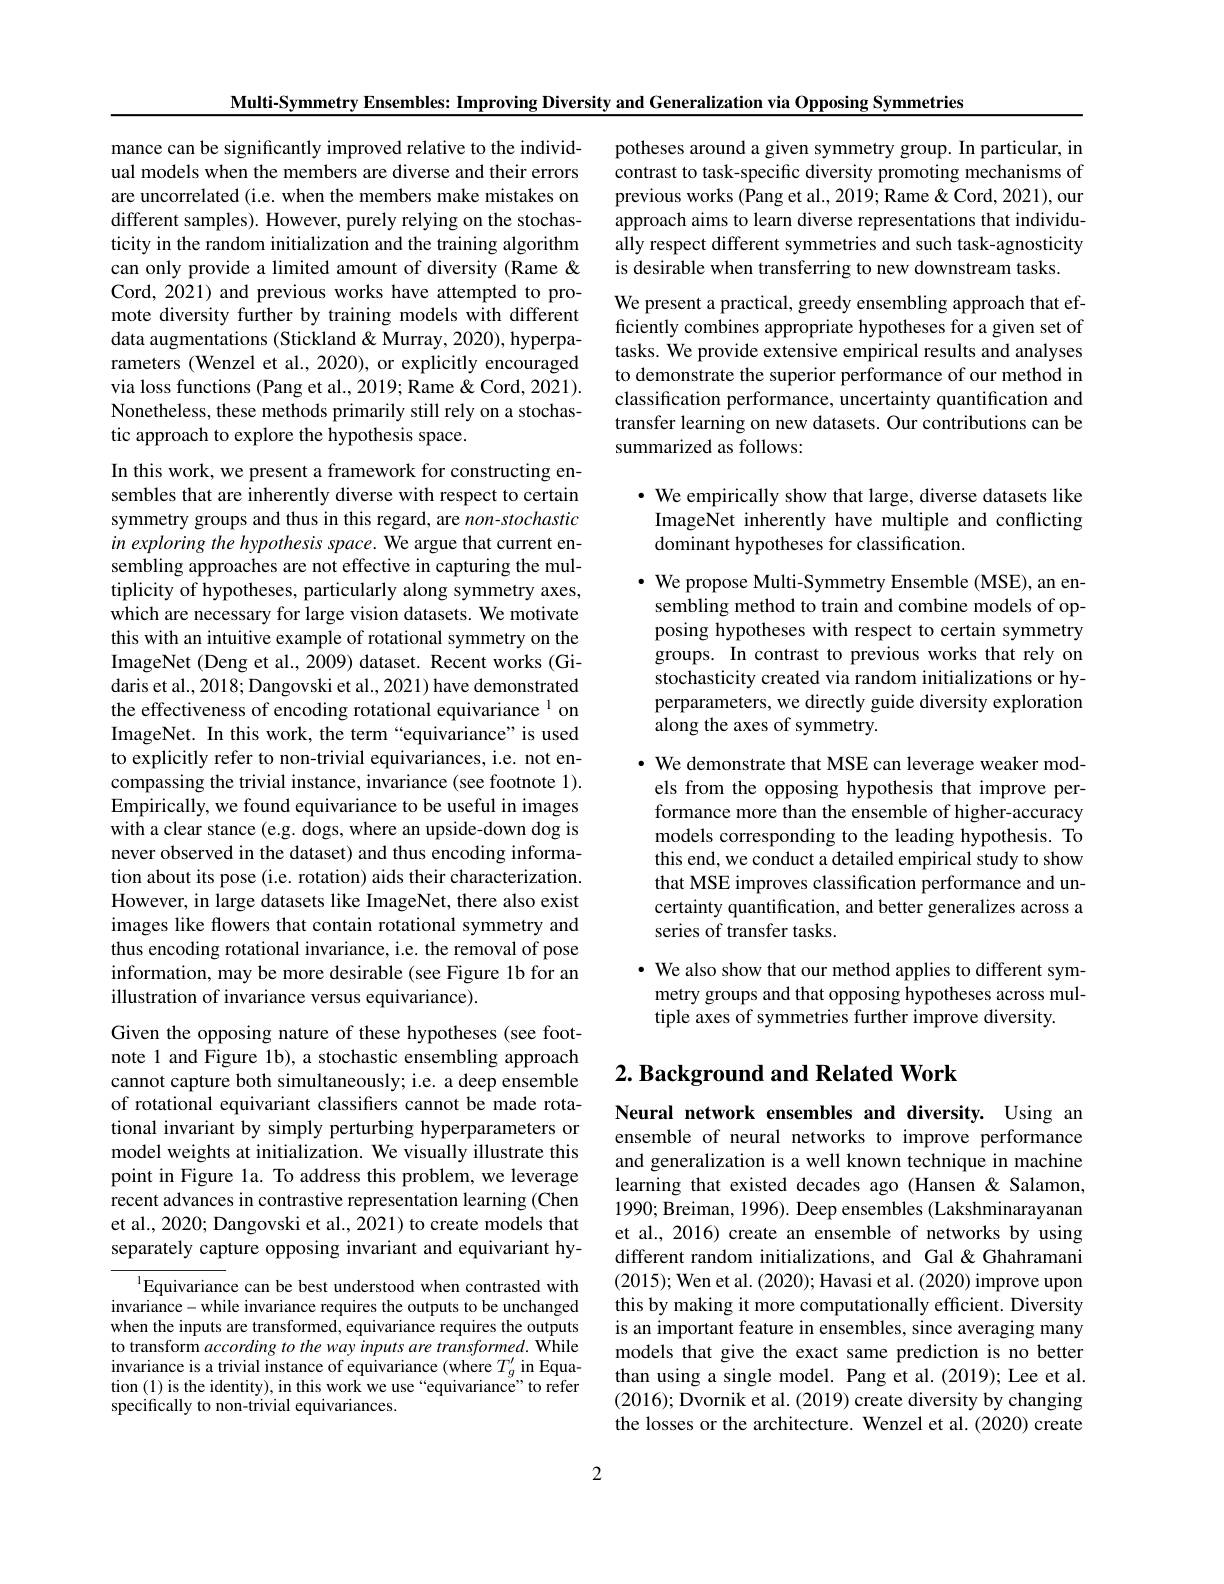
Multi-Symmetry Ensembles: Improving Diversity and Generalization via Opposing Symmetries

potheses around a given symmetry group. In particular, in contrast to task-specific diversity promoting mechanisms of previous works (Pang et al., 2019; Rame & Cord, 2021), our approach aims to learn diverse representations that individually respect different symmetries and such task-agnosticity is desirable when transferring to new downstream tasks.

mance can be significantly improved relative to the individual models when the members are diverse and their errors are uncorrelated (i.e. when the members make mistakes on different samples). However, purely relying on the stochasticity in the random initialization and the training algorithm can only provide a limited amount of diversity (Rame & Cord, 2021) and previous works have attempted to promote diversity further by training models with different data augmentations (Stickland& Murray, 2020), hyperparameters (Wenzel et al., 2020), or explicitly encouraged via loss functions (Pang et al., 2019; Rame & Cord, 2021). Nonetheless, these methods primarily still rely on a stochastic approach to explore the hypothesis space.

We present a practical, greedy ensembling approach that ef- $\hat{\text{ficiently combines appropriate hypotheses for a given set of}}$ tasks. We provide extensive empirical results and analyses to demonstrate the superior performance of our method in classification performance, uncertainty quantification and transfer learning on new datasets. Our contributions can be summarized as follows:

$\cdot$ We empirically show that large, diverse datasets like ImageNet inherently have multiple and conflicting dominant hypotheses for classification.

$\cdot$ We propose Multi-Symmetry Ensemble (MSE), an ensembling method to train and combine models of opposing hypotheses with respect to certain symmetry groups. In contrast to previous works that rely on stochasticity created via random initializations or hyperparameters, we directly guide diversity exploration along the axes of symmetry.

In this work, we present a framework for constructing ensembles that are inherently diverse with respect to certain symmetry groups and thus in this regard, are non-stochastic in exploring the hypothesis space. We argue that current ensembling approaches are not effective in capturing the multiplicity of hypotheses, particularly along symmetry axes, which are necessary for large vision datasets. We motivate this with an intuitive example of rotational symmetry on the ImageNet (Deng et al., 2009) dataset. Recent works (Gidaris et al., 2018; Dangovski et al., 2021) have demonstrated the effectiveness of encoding rotational equivariance 1 on ImageNet. In this work, the term“equivariance”is used to explicitly refer to non-trivial equivariances, i.e. not encompassing the trivial instance, invariance (see footnote 1). Empirically, we found equivariance to be useful in images with a clear stance (e.g. dogs, where an upside-down dog is never observed in the dataset) and thus encoding information about its pose (i.e. rotation) aids their characterization. However, in large datasets like ImageNet, there also exist images like flowers that contain rotational symmetry and thus encoding rotational invariance, i.e. the removal of pose information, may be more desirable (see Figure 1b for an illustration of invariance versus equivariance).
Given the opposing nature of these hypotheses (see footnote 1 and Figure 1b), a stochastic ensembling approach cannot capture both simultaneously; i.e. a deep ensemble of rotational equivariant classifiers cannot be made rotational invariant by simply perturbing hyperparameters or model weights at initialization. We visually illustrate this point in Figure la. To address this problem, we leverage recent advances in contrastive representation learning (Chen et al., 2020; Dangovski et al., 2021) to create models that separately capture opposing invariant and equivariant hy-

· We demonstrate that MSE can leverage weaker mod-
els from the opposing hypothesis that improve performance more than the ensemble of higher-accuracy models corresponding to the leading hypothesis. To this end, we conduct a detailed empirical study to show that MSE improves classification performance and uncertainty quantification, and better generalizes across a series of transfer tasks.

· We also show that our method applies to different sym-
metry groups and that opposing hypotheses across mul-
tiple axes of symmetries further improve diversity.

## $2. \textbf{ Background and Related Work}$

Neural network ensembles and diversity. Using an ensemble of neural networks to improve performance and generalization is a well known technique in machine learning that existed decades ago (Hansen &Salamon, 1990; Breiman, 1996). Deep ensembles (Lakshminarayanan et al., 2016) create an ensemble of networks by using different random initializations, and Gal&Ghahramani (2015); Wen et al. (2020); Havasi et al. (2020) improve upon this by making it more computationally efficient. Diversity is an important feature in ensembles, since averaging many models that give the exact same prediction is no better than using a single model. Pang et al.(2019); Lee et al. (2016); Dvornik et al. (2019) create diversity by changing the losses or the architecture. Wenzel et al.(2020) create

$^{1}$Equivariance can be best understood when contrasted with invariance- while invariance requires the outputs to be unchanged when the inputs are transformed, equivariance requires the outputs to transform according to the way inputs are transformed. While invariance is a trivial instance of equivariance (where $T_g^{\prime}$ in Equation (1) is the identity), in this work we use“equivariance”to refer specifically to non-trivial equivariances.

2